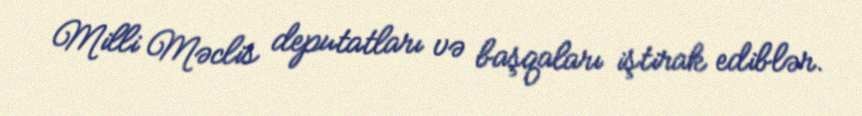
Milli Məclis deputatları və başqaları iştirak ediblər.